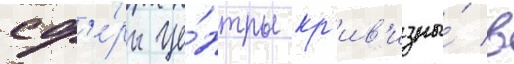
сф'е́ры це́нтры кр'ив'изны́ в